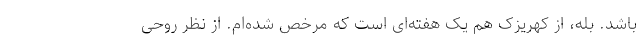
باشد. بله، از کهریزک هم یک هفته‌ای است که مرخص شده‌ام. از نظر روحی